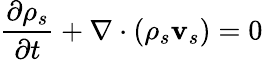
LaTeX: \frac{\partial\rho_{s}}{\partial t}+\nabla\cdot(\rho_{s}{\mathbf v}_{s})=0